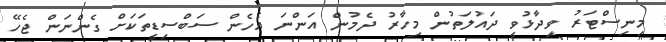
މިނިސްޓަރު ވިދާޅުވީ ދައުލަތުން މިހާރު ދެމުން އަންނަ އެހެން ސަބްސިޑީތަކަށް ގެންނަން ޖެހޭ